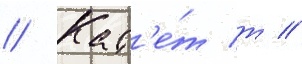
// Кад'е́т т //